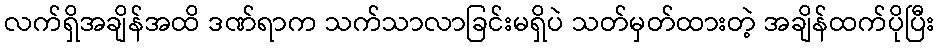
လက်ရှိအချိန်အထိ ဒဏ်ရာက သက်သာလာခြင်းမရှိပဲ သတ်မှတ်ထားတဲ့ အချိန်ထက်ပိုပြီး